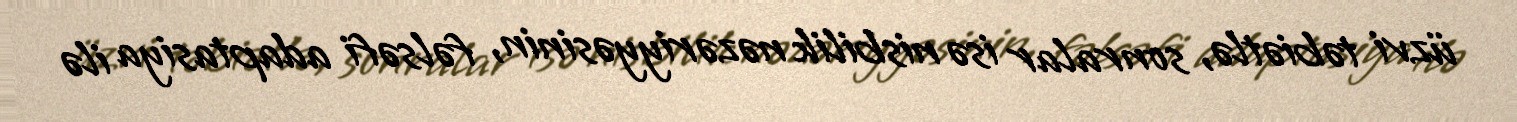
üzvi təbiətlə, sonralar isə nisbilik nəzəriyyəsinin, fəlsəfi adaptasiya ilə